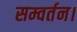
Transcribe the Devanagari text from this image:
सम्वर्तन।